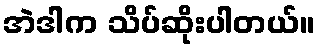
အဲဒါက သိပ်ဆိုးပါတယ်။